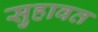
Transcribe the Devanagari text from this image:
सुहावत